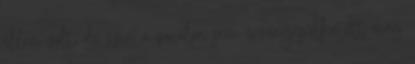
ellen volt, de ezen a vonalon sem érvényesülhetett még